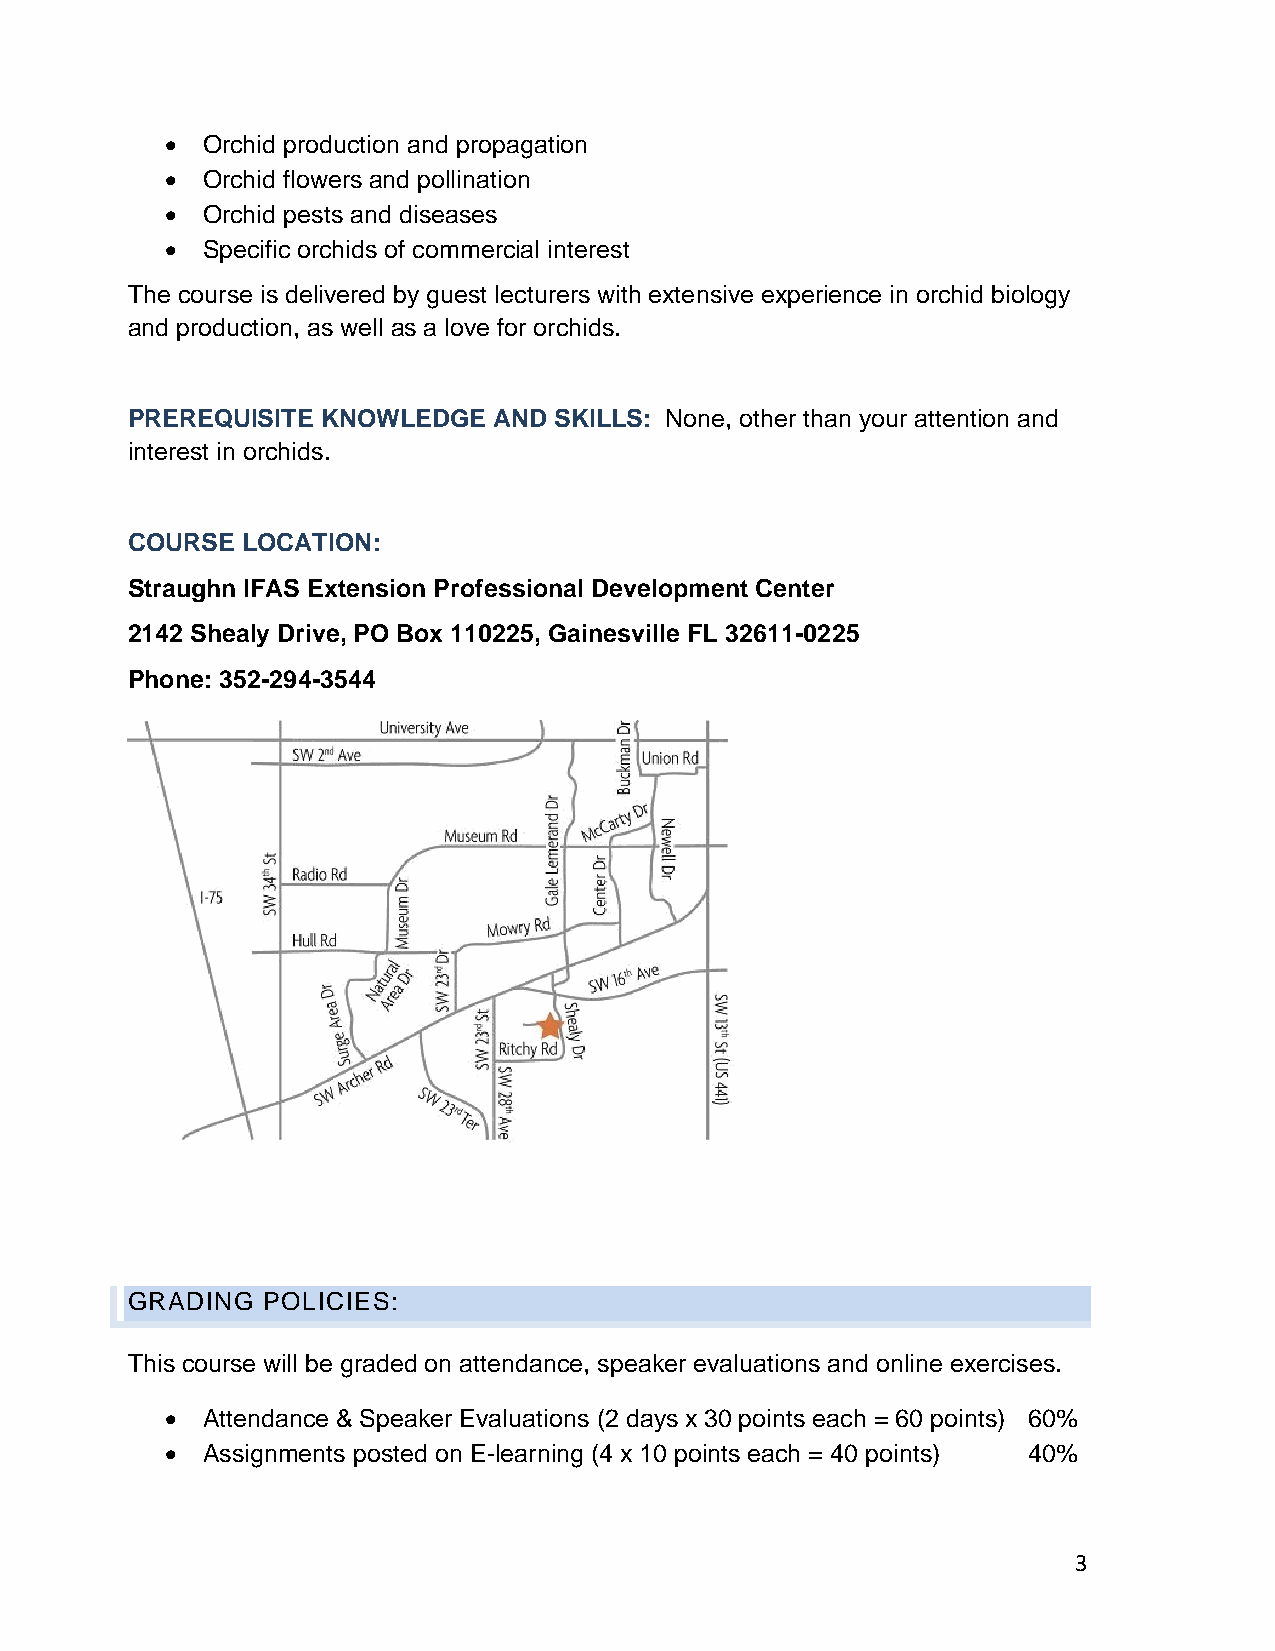
• Orchid production and propagation
 • Orchid flowers and pollination
 • Orchid pests and diseases
 • Specific orchids of commercial interest
 The course is delivered by guest lecturers with extensive experience in orchid biology
 and production, as well as a love for orchids.
 PREREQUISITE KNOWLEDGE   AND SKILLS: None, other than your attention and
 interest in orchids.
 COURSE  LOCATION:
 Straughn IFAS Extension Professional Development Center
 2142 Shealy Drive, PO Box 110225, Gainesville FL 32611-0225
 Phone: 352-294-3544
 GRADING  POLICIES:
 This course will be graded on attendance, speaker evaluations and online exercises.
 • Attendance & Speaker Evaluations (2 days x 30 points each = 60 points) 60%
 • Assignments posted on E-learning (4 x 10 points each = 40 points) 40%
 3